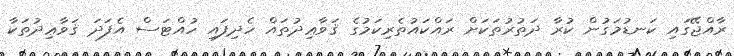
ރާއްޖޭގައި ކަނޑުމަގުން ކުރާ ދަތުރުތަކަށް ރައްކައުތެރިކަމުގެ ޤަވާޢިދުތައް ހެދިފައި ހުއްޓަސް އެފަދަ ޤަވާޢިދުތަކާ